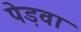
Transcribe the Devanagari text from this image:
पेड़वा